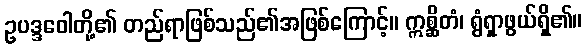
ဥပဒ္ဒဝေါတို့၏ တည်ရာဖြစ်သည်၏အဖြစ်ကြောင့်။ ဣစ္ဆိတံ၊ ရွံရှာဖွယ်ရှိ၏။